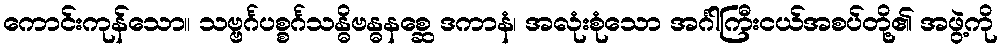
ကောင်းကုန်သော။ သဗ္ဗင်္ဂပစ္စင်္ဂသန္ဓိဗန္ဓနစ္ဆေ ဒကာနံ၊ အလုံးစုံသော အင်္ဂါကြီးငယ်အစပ်တို့၏ အဖွဲ့ကို